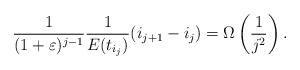
\begin{align*} \frac{1}{(1+\varepsilon)^{j-1}}\frac{1}{E(t_{i_{j}})} (i_{j+1} - i_j) = \Omega\left( \frac{1}{j^2} \right). \end{align*}